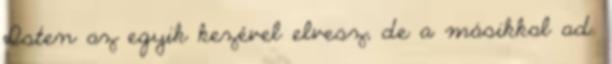
Isten az egyik kezével elvesz, de a másikkal ad.